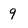
Character: 9